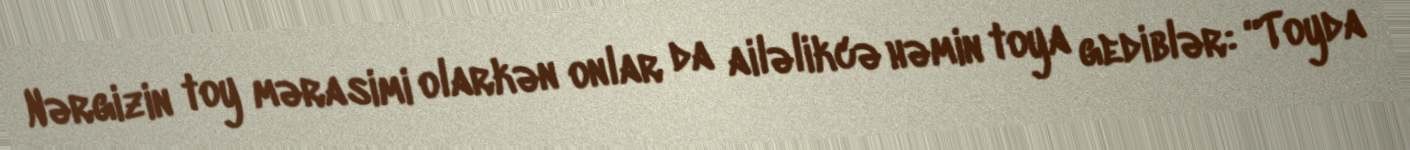
Nərgizin toy mərasimi olarkən onlar da ailəlikcə həmin toya gediblər: “Toyda